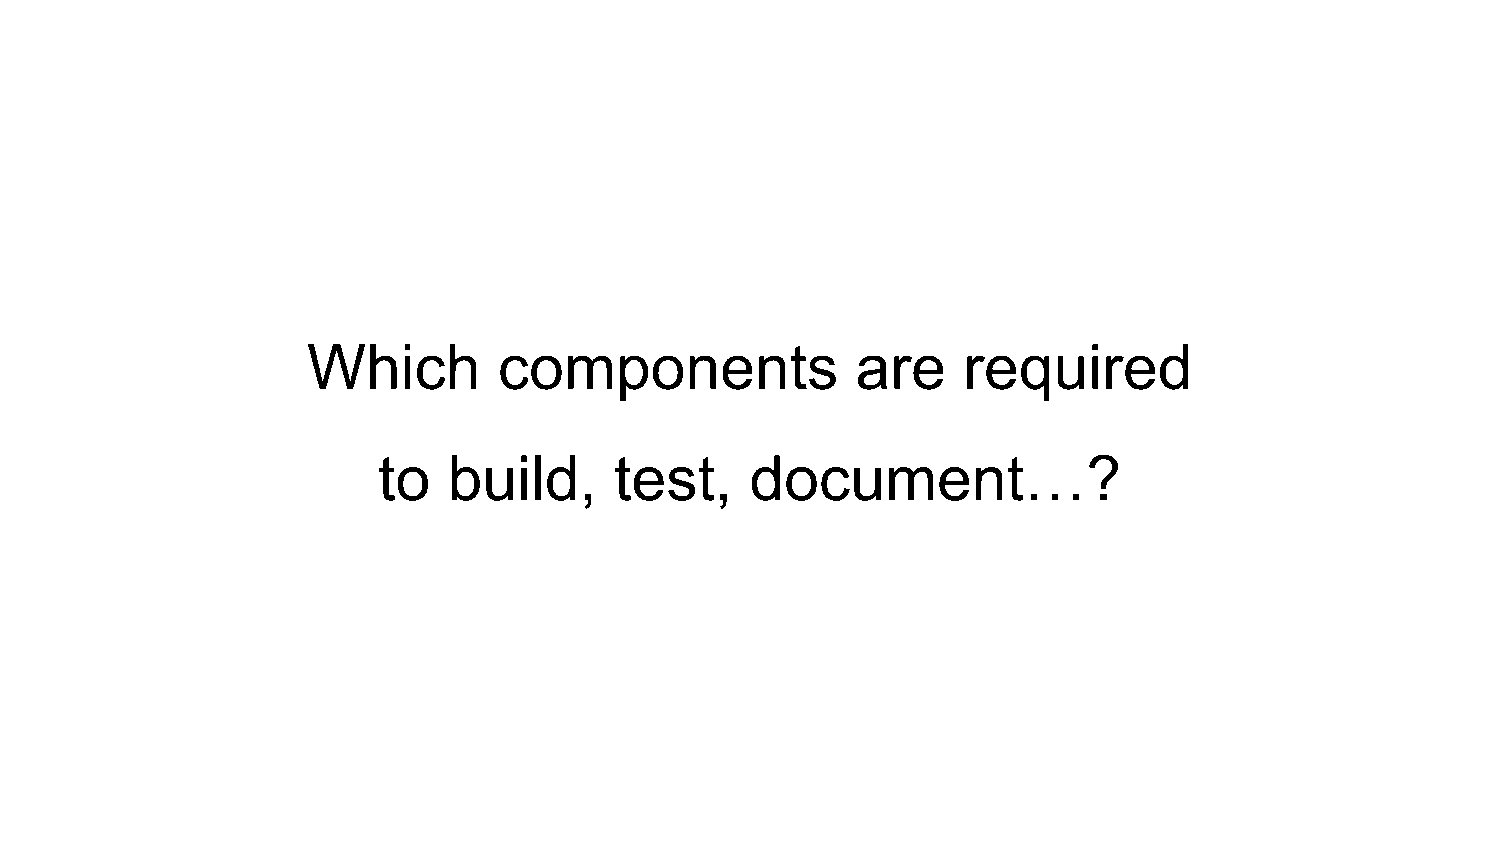
Which        components              are    required
 to   build,     test,    document…?